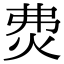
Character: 𤇝